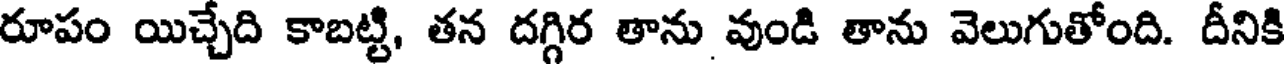
రూపం యిచ్చేది కాబట్టి, తన దగ్గిర తాను వుండి తాను వెలుగుతోంది. దీనికి